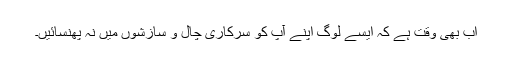
اب بھی وقت ہے کہ ایسے لوگ اپنے آپ کو سرکاری چال و سازشوں میں نہ پھنسائیں۔